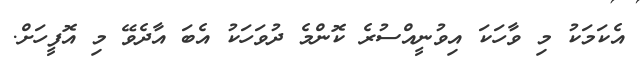
އެކަމަކު މި ވާހަކަ އިވުނީއްސުރެ ކޮންމެ ދުވަހަކު އެބަ އާދެވޭ މި އޮފީހަށް.